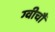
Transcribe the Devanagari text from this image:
ग्वीचौ